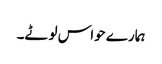
ہمارے حواس لوٹے۔